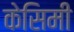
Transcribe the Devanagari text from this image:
केसिमी